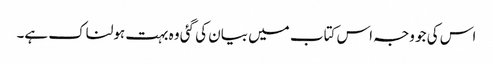
اس کی جو وجہ اس کتاب میں بیان کی گئی وہ بہت ہولناک ہے۔